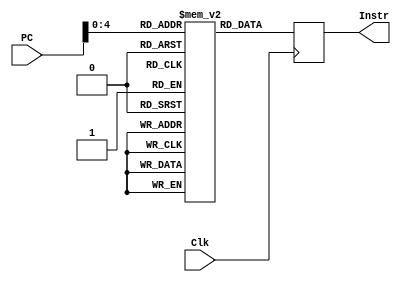
module InstructionMemory(
	//input
	input Clk,
	input [31:0] PC,
	//output
	output [31:0] Instr
);

	reg [31:0] ins[0:31];
	reg [31:0] Instr;

	initial begin
		ins[0]=32'b 10101100000000000000000000000001; // sw 1, 0($1)
		ins[1]=32'b 10001100010000000000000000000001; // lw $2, 0($1)
		ins[2]=32'b 00000000001000010000000000100101; // add $2, $2, $3
		ins[3]=32'b 00010000000001000000100000100000; // beq $2, $2, end
	end
	always@(negedge Clk) begin
		 Instr=ins[PC];
	end
endmodule